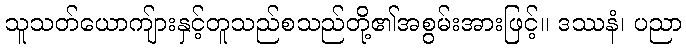
သူသတ်ယောကျ်ားနှင့်တူသည်စသည်တို့၏အစွမ်းအားဖြင့်။ ဒဿနံ၊ ပညာ